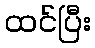
ထင်ပြီး